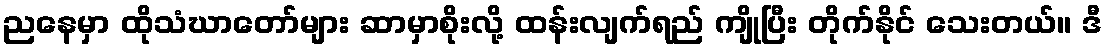
ညနေမှာ ထိုသံဃာတော်များ ဆာမှာစိုးလို့ ထန်းလျက်ရည် ကျိုပြီး တိုက်နိုင် သေးတယ်။ ဒီ